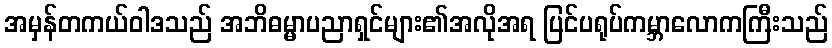
အမှန်တကယ်ဝါဒသည် အဘိဓမ္မာပညာရှင်များ၏အလိုအရ ပြင်ပရုပ်ကမ္ဘာလောကကြီးသည်